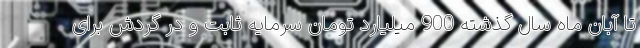
تا آبان ماه سال گذشته 900 میلیارد تومان سرمایه ثابت و در گردش برای